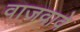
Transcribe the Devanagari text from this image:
वाजवावे